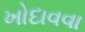
ખોદાવવા